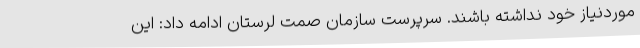
موردنیاز خود نداشته باشند. سرپرست سازمان صمت لرستان ادامه داد: این